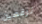
ترقصين